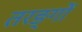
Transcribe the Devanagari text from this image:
तरङ्गों